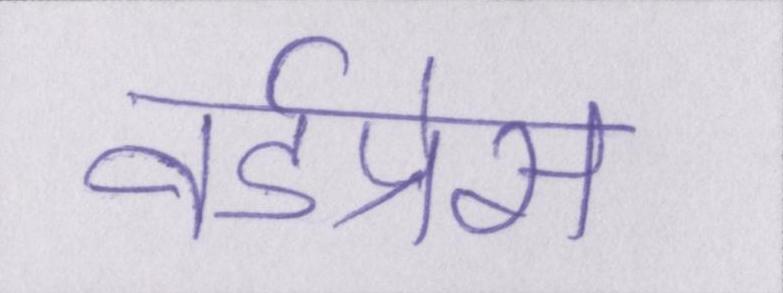
वर्डप्रेस